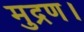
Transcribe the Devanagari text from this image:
मुद्रण।